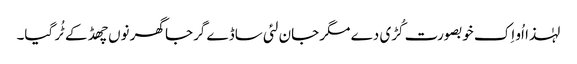
لہٰذا اُو اِک خوبصورت کُڑی دے مگر جان لئی ساڈے گرجا گھر نوں چھڈ کے ٹُر گیا۔